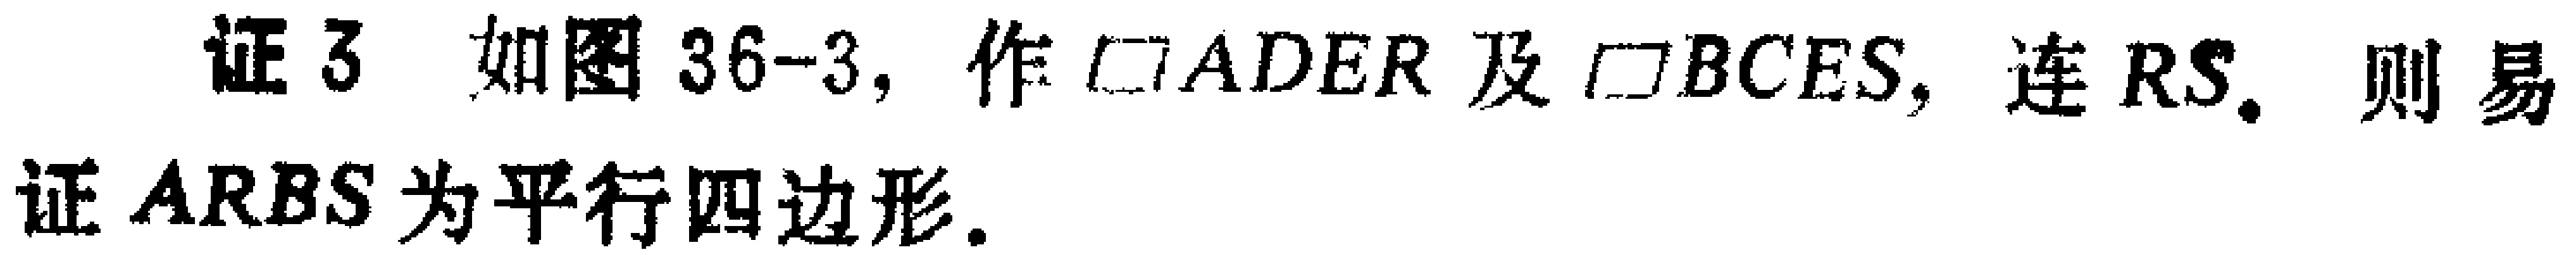
证3 如图36-3, 作$\square ADER$及$\square BCES$, 连$RS$. 则易证$ARBS$为平行四边形.